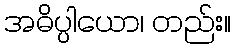
အဓိပ္ပါယော၊ တည်း။